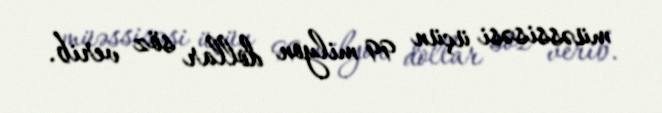
müəssisəsi üçün 99 milyon dollar söz verib.